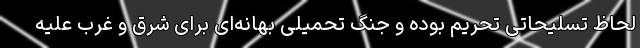
لحاظ تسلیحاتی تحریم بوده و جنگ تحمیلی بهانه‌ای برای شرق و غرب علیه